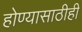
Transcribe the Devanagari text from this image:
होण्यासाठीही